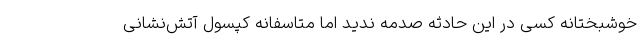
خوشبختانه کسی در این حادثه صدمه ندید اما متاسفانه کپسول آتش‌نشانی